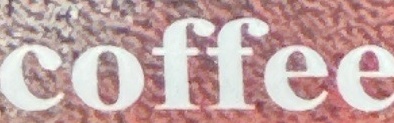
coffee